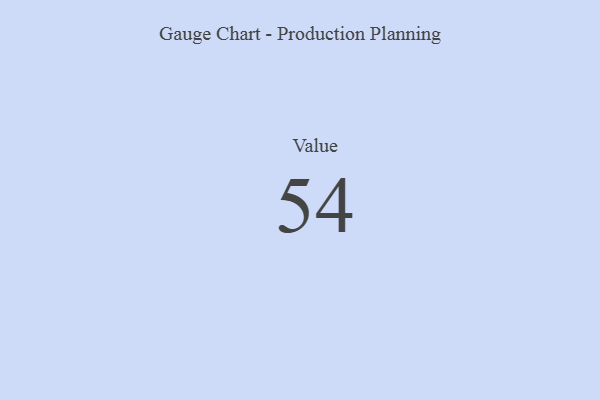
{"axis": {"x": "Metric", "y": "Value"}, "legend": [""], "data": [{"x": "Value", "y": 54, "type": ""}]}